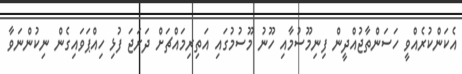
އެކަންކުރެއްވީ ހަސަންތާޖުއްދީން ފިނިމޫސުމާއި ހޫނު މޫސުމުގައި އަތިރިމައްޗަށް ދަރަޖަ ފުޅި ހިއްޕަވައިގެން ނިކުންނަވާ